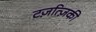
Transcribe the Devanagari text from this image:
टज़त्ज़िकी